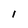
Character: l